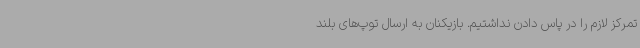
تمرکز لازم را در پاس دادن نداشتیم. بازیکنان به ارسال توپ‌های بلند